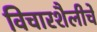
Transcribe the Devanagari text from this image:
विचारशैलीचे